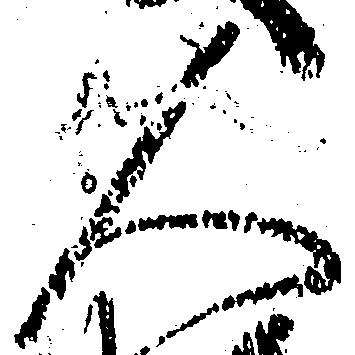
人